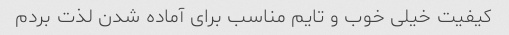
کیفیت خیلی خوب و تایم مناسب برای آماده شدن لذت بردم